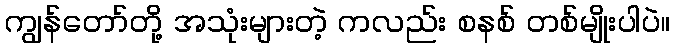
ကျွန်တော်တို့ အသုံးများတဲ့ ကလည်း စနစ် တစ်မျိုးပါပဲ။